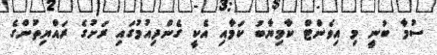
ސުމާ ބުނީ މި އިވެންޓް ކާމިޔާބު ކަމާއި އެކީ ގެންދިއުމުގައި ރަށުގެ ރައްޔިތުންގެ